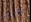
توريز